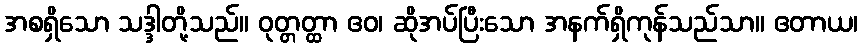
အစရှိသော သဒ္ဒါတို့သည်။ ဝုတ္တတ္ထာ ဧဝ၊ ဆိုအပ်ပြီးသော အနက်ရှိကုန်သည်သာ။ ဧတာယ၊